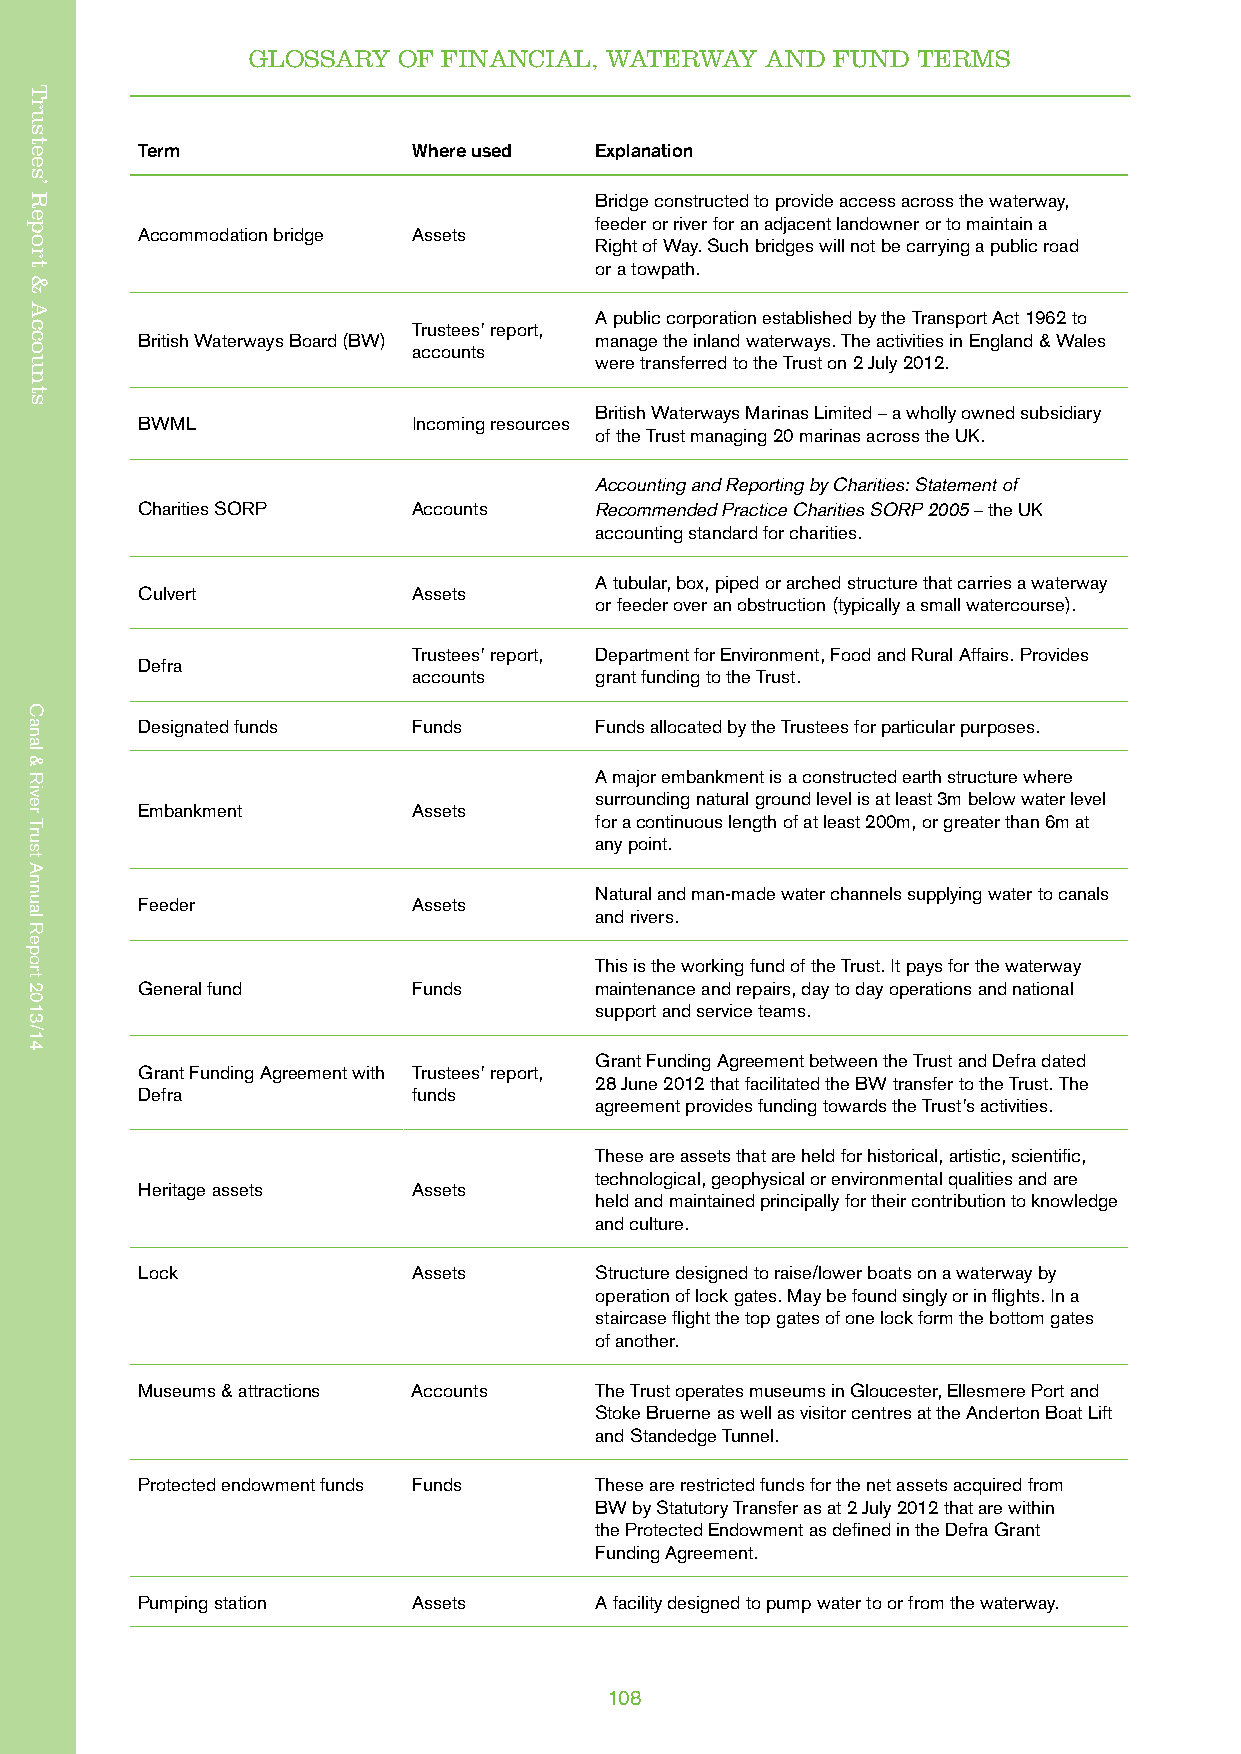
GLOSSARY  OF FINANCIAL, WATERWAY   AND FUND  TERMS
 Trustees’ Report & Accounts
 Term              Where used  Explanation
 Bridge constructed to provide access across the waterway,
 feeder or river for an adjacent landowner or to maintain a
 Accommodation bridge Assets
 Right of Way. Such bridges will not be carrying a public road
 or a towpath.
 A public corporation established by the Transport Act 1962 to
 Trustees’ report,
 British Waterways Board (BW)  manage the inland waterways. The activities in England & Wales
 accounts
 were transferred to the Trust on 2 July 2012.
 British Waterways Marinas Limited – a wholly owned subsidiary
 BWML              Incoming resources
 of the Trust managing 20 marinas across the UK.
 Accounting and Reporting by Charities: Statement of
 Charities SORP    Accounts    Recommended Practice Charities SORP 2005 – the UK
 accounting standard for charities.
 A tubular, box, piped or arched structure that carries a waterway
 Culvert           Assets
 or feeder over an obstruction (typically a small watercourse).
 Trustees’ report, Department for Environment, Food and Rural Affairs. Provides
 Defra
 accounts    grant funding to the Trust.
 Designated funds  Funds       Funds allocated by the Trustees for particular purposes.
 A major embankment is a constructed earth structure where
 surrounding natural ground level is at least 3m below water level
 Embankment        Assets
 for a continuous length of at least 200m, or greater than 6m at
 any point.
 Natural and man-made water channels supplying water to canals
 Feeder            Assets
 and rivers.
 This is the working fund of the Trust. It pays for the waterway
 General fund      Funds       maintenance and repairs, day to day operations and national
 support and service teams.
 Grant Funding Agreement between the Trust and Defra dated
 Grant Funding Agreement with Trustees’ report,
 28 June 2012 that facilitated the BW transfer to the Trust. The
 Defra             funds
 agreement provides funding towards the Trust’s activities.
 These are assets that are held for historical, artistic, scientific,
 technological, geophysical or environmental qualities and are
 Heritage assets   Assets
 held and maintained principally for their contribution to knowledge
 and culture.
 Lock              Assets      Structure designed to raise/lower boats on a waterway by
 operation of lock gates. May be found singly or in flights. In a
 staircase flight the top gates of one lock form the bottom gates
 of another.
 Museums & attractions Accounts The Trust operates museums in Gloucester, Ellesmere Port and
 Stoke Bruerne as well as visitor centres at the Anderton Boat Lift
 and Standedge Tunnel.
 Protected endowment funds Funds These are restricted funds for the net assets acquired from
 BW by Statutory Transfer as at 2 July 2012 that are within
 the Protected Endowment as defined in the Defra Grant
 Funding Agreement.
 Pumping station   Assets      A facility designed to pump water to or from the waterway.
 108
 Trustees’
 Report
 &
 Accounts
 Canal
 &
 River
 Trust
 Annual
 Report
 2013/14
 Canal
 &
 River
 Trust
 Annual
 Report
 2013/14